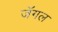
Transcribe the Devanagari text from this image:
जॅगल